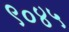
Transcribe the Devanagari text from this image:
९०४५